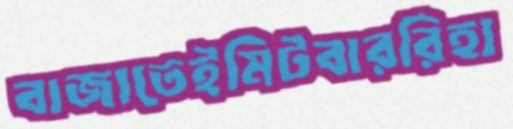
বাজাতেইমিটবাররিহ্য